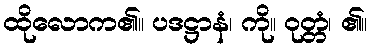
ထိုလောက၏။ ပဒဋ္ဌာနံ၊ ကို။ ဝုတ္တံ၊ ၏။